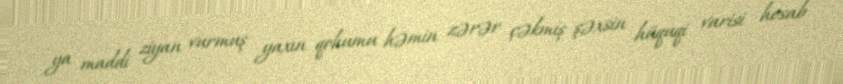
ya maddi ziyan vurmuş yaxın qohumu həmin zərər çəkmiş şəxsin hüquqi varisi hesab